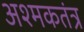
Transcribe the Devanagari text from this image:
अश्मकतंत्र